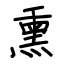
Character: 熏